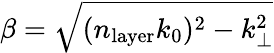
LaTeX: \beta=\sqrt{(n_{\mathrm{layer}}k_{0})^{2}-k_{\perp}^{2}}